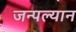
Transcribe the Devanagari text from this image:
जन्पल्यान